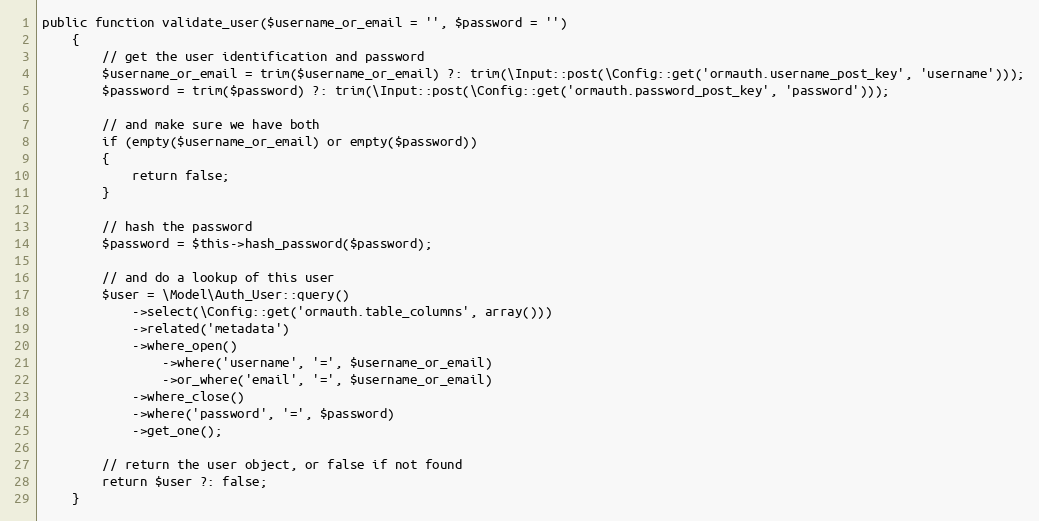
Language: PHP
public function validate_user($username_or_email = '', $password = '')
	{
		// get the user identification and password
		$username_or_email = trim($username_or_email) ?: trim(\Input::post(\Config::get('ormauth.username_post_key', 'username')));
		$password = trim($password) ?: trim(\Input::post(\Config::get('ormauth.password_post_key', 'password')));

		// and make sure we have both
		if (empty($username_or_email) or empty($password))
		{
			return false;
		}

		// hash the password
		$password = $this->hash_password($password);

		// and do a lookup of this user
		$user = \Model\Auth_User::query()
			->select(\Config::get('ormauth.table_columns', array()))
			->related('metadata')
			->where_open()
				->where('username', '=', $username_or_email)
				->or_where('email', '=', $username_or_email)
			->where_close()
			->where('password', '=', $password)
			->get_one();

		// return the user object, or false if not found
		return $user ?: false;
	}